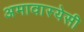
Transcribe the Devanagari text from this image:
अमावास्येसी